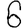
Digit: 6